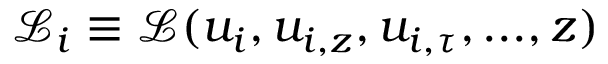
\mathcal { L } _ { i } \equiv \mathcal { L } ( u _ { i } , u _ { i , z } , u _ { i , \tau } , . . . , z )